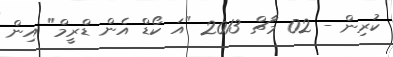
ކުރިން - 02 މާޗް 2013 "އަ ކޯޑް އެން ޑްރީމް" އިން